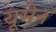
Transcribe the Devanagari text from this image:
यूमेन